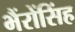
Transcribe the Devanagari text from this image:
भैंरोंसिंह